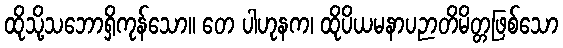
ထိုသို့သဘောရှိကုန်သော။ တေ ပါဟုနက၊ ထိုပိယမနာပဉာတိမိတ္တဖြစ်သော